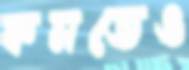
কমতেও